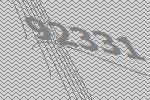
92331